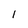
Character: 1